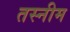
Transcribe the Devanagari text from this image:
तस्नीम